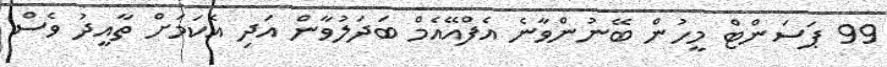
99 ޕަސަންޓް މީހުން ބޭނުންވާނެ އެފްއޭއެމް ބަދަލުވާން އަދި އެކަމަށް ތާއީދު ވެސް